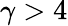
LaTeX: \gamma>4